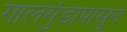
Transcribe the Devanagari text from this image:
गालगुंडापासून